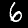
Label: 6